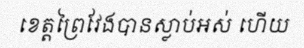
ខេត្តព្រៃវែងបានស្លាប់អស់ ហើយ